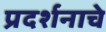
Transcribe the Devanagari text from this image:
प्रदर्शनाचे